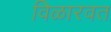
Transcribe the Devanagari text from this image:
विळारवत